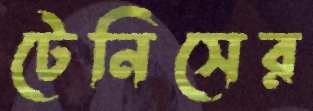
টেনিসের